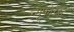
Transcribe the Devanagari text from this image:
न्यूफोरेस्ट